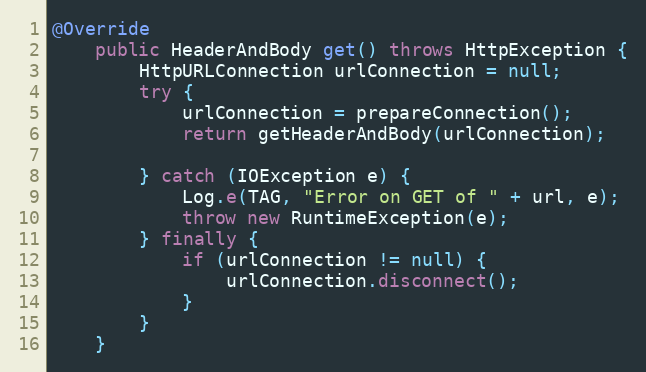
Language: Java
@Override
    public HeaderAndBody get() throws HttpException {
        HttpURLConnection urlConnection = null;
        try {
            urlConnection = prepareConnection();
            return getHeaderAndBody(urlConnection);

        } catch (IOException e) {
            Log.e(TAG, "Error on GET of " + url, e);
            throw new RuntimeException(e);
        } finally {
            if (urlConnection != null) {
                urlConnection.disconnect();
            }
        }
    }